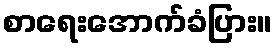
စာရေးအောက်ခံပြား။